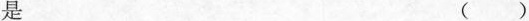
是 ()